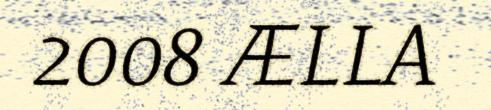
2008 ÆLLA